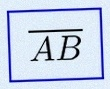
\overline{AB}